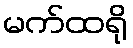
မက်ထရို